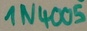
Text: 1N4005